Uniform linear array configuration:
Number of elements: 64
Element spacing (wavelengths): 0.25
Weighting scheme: blackman
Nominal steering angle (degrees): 0
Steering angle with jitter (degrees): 1.257
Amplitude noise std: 0.05
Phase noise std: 0.05

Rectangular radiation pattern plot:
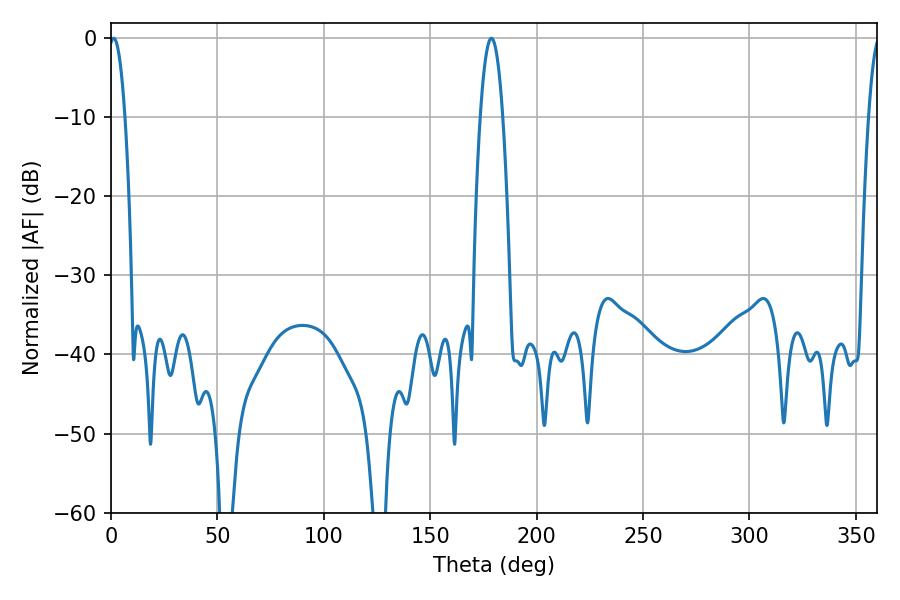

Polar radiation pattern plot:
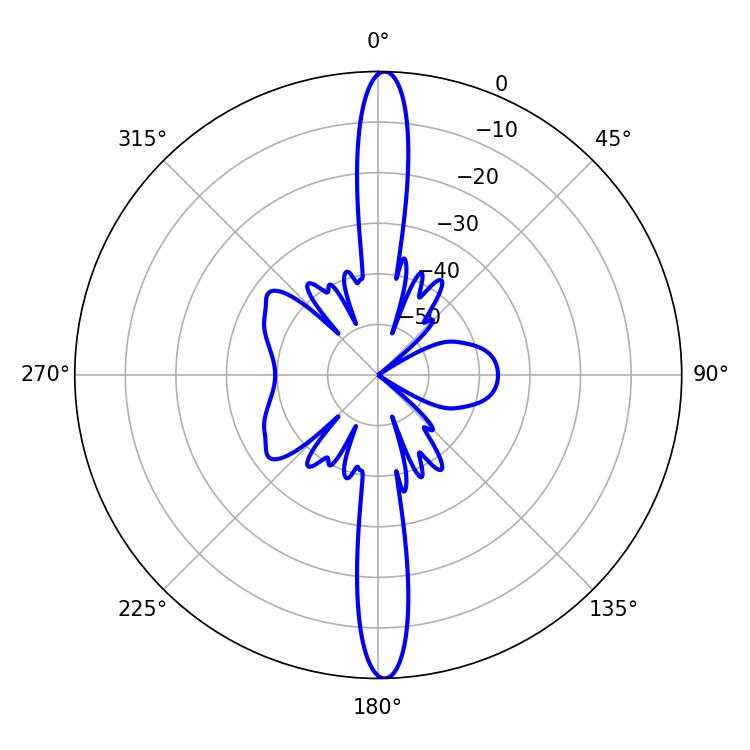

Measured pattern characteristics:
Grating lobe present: FALSE
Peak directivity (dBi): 26.472
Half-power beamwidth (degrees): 4.14
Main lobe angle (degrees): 1.26